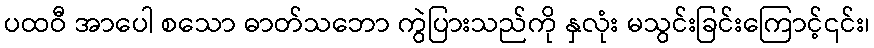
ပထဝီ အာပေါ စသော ဓာတ်သဘော ကွဲပြားသည်ကို နှလုံး မသွင်းခြင်းကြောင့်၎င်း၊